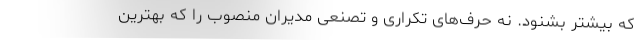
که بیشتر بشنود. نه حرف‌های تکراری و تصنعی مدیران منصوب را که بهترین